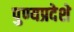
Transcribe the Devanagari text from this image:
पुण्यप्रदेशे